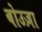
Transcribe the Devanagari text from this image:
बोउज़ा